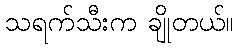
သရက်သီးက ချိုတယ်။